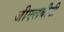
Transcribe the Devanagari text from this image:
जीएलबीटी